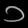
Digit: ၁